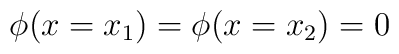
\phi (x=x_1)=\phi (x=x_2)=0